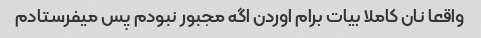
واقعا نان کاملا بیات برام اوردن اگه مجبور نبودم پس میفرستادم